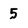
Character: 5